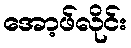
အော့ဖ်လိုင်း